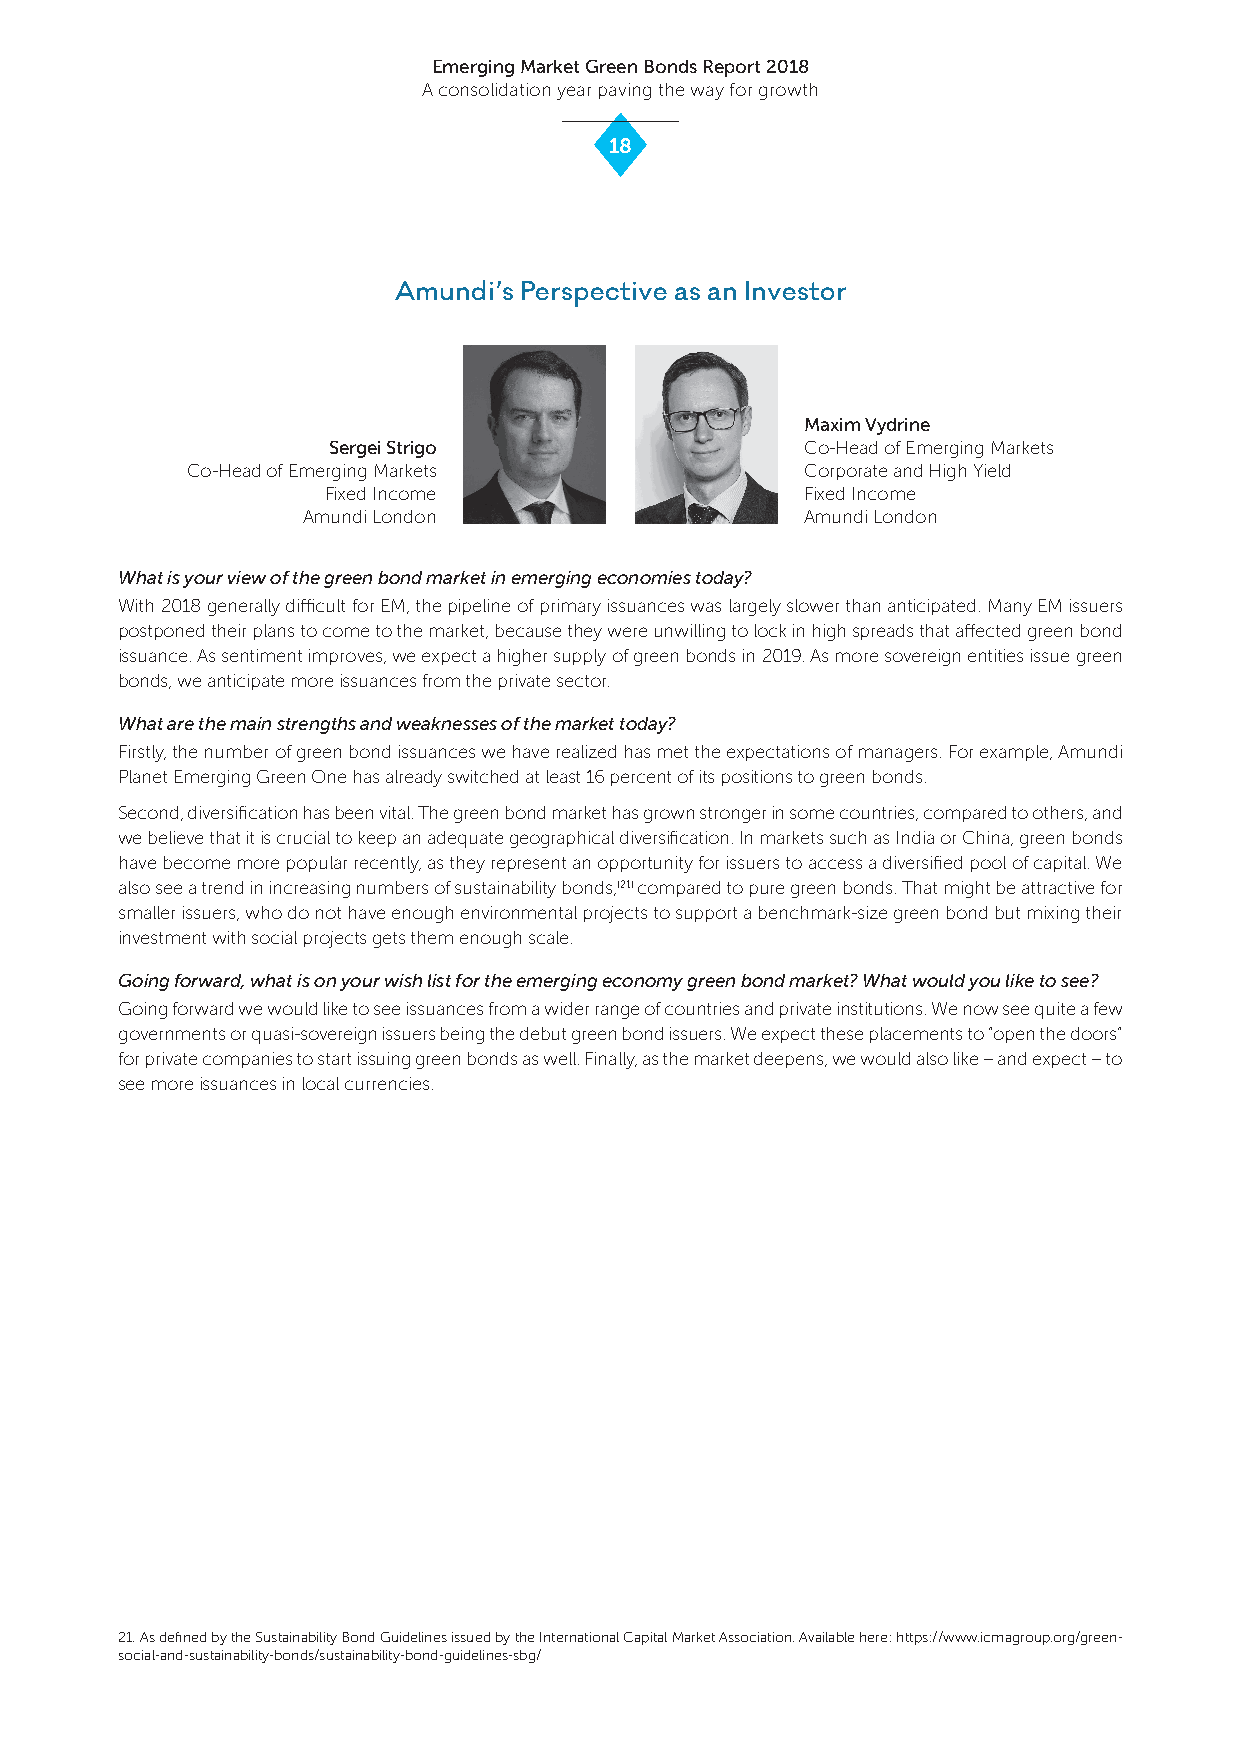
Emerging Market Green Bonds Report 2018
 A consolidation year paving the way for growth
 18
 Amundi’s Perspective as an Investor
 Maxim Vydrine
 Sergei Strigo                  Co-Head of Emerging Markets
 Co-Head of Emerging Markets              Corporate and High Yield
 Fixed Income                   Fixed Income
 Amundi London                    Amundi London
 What is your view of the green bond market in emerging economies today?
 With 2018 generally difficult for EM, the pipeline of primary issuances was largely slower than anticipated. Many EM issuers
 postponed their plans to come to the market, because they were unwilling to lock in high spreads that affected green bond
 issuance. As sentiment improves, we expect a higher supply of green bonds in 2019. As more sovereign entities issue green
 bonds, we anticipate more issuances from the private sector.
 What are the main strengths and weaknesses of the market today?
 Firstly, the number of green bond issuances we have realized has met the expectations of managers. For example, Amundi
 Planet Emerging Green One has already switched at least 16 percent of its positions to green bonds.
 Second, diversification has been vital. The green bond market has grown stronger in some countries, compared to others, and
 we believe that it is crucial to keep an adequate geographical diversification. In markets such as India or China, green bonds
 have become more popular recently, as they represent an opportunity for issuers to access a diversified pool of capital. We
 also see a trend in increasing numbers of sustainability bonds,(21) compared to pure green bonds. That might be attractive for
 smaller issuers, who do not have enough environmental projects to support a benchmark-size green bond but mixing their
 investment with social projects gets them enough scale.
 Going forward, what is on your wish list for the emerging economy green bond market? What would you like to see?
 Going forward we would like to see issuances from a wider range of countries and private institutions. We now see quite a few
 governments or quasi-sovereign issuers being the debut green bond issuers. We expect these placements to “open the doors”
 for private companies to start issuing green bonds as well. Finally, as the market deepens, we would also like – and expect – to
 see more issuances in local currencies.
 21. As defined by the Sustainability Bond Guidelines issued by the International Capital Market Association. Available here: https://www.icmagroup.org/green-
 social-and-sustainability-bonds/sustainability-bond-guidelines-sbg/